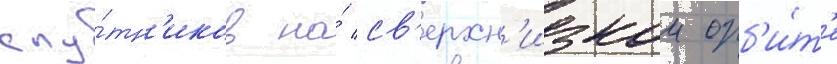
спу́тн'иков на́ св'ерхн'изкои орб'и́т'е